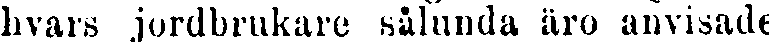
hvars jordbrukare sålunda äro anvisade